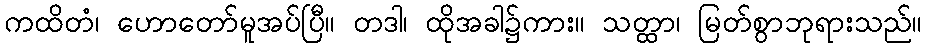
ကထိတံ၊ ဟောတော်မူအပ်ပြီ။ တဒါ၊ ထိုအခါ၌ကား။ သတ္ထာ၊ မြတ်စွာဘုရားသည်။